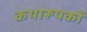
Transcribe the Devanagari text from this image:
कथारूपकों